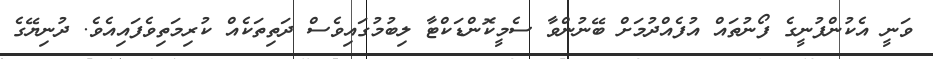
ވަނީ އެކުންފުނީގެ ފޯނުތައް އުފެއްދުމަށް ބޭނުންވާ ސެމީކޮންޑަކްޓާ ލިބުމުގައިވެސް ދަތިތަކެއް ކުރިމަތިވެފައިއެވެ. ދުނިޔޭގެ